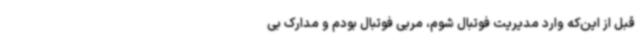
قبل از این‌که وارد مدیریت فوتبال شوم، مربی فوتبال بودم و مدارک بی